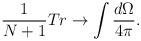
LaTeX: \begin{align*}\frac{1}{N+1}Tr \rightarrow \int \frac{d\Omega}{4\pi}.\end{align*}